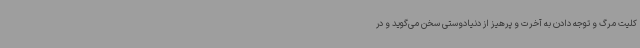
کلیت مرگ و توجه دادن به آخرت و پرهیز از دنیادوستی سخن می‌گوید و در